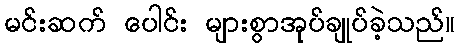
မင်းဆက် ပေါင်း များစွာအုပ်ချုပ်ခဲ့သည်။